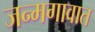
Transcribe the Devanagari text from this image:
जन्मगावात